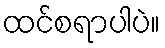
ထင်စရာပါပဲ။